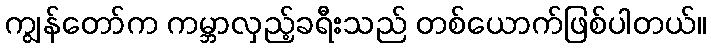
ကျွန်တော်က ကမ္ဘာလှည့်ခရီးသည် တစ်ယောက်ဖြစ်ပါတယ်။